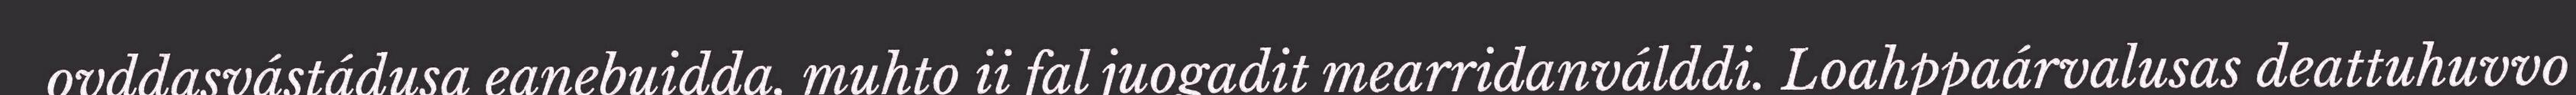
ovddasvástádusa eanebuidda, muhto ii fal juogadit mearridanválddi. Loahppaárvalusas deattuhuvvo